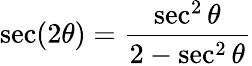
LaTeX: \sec(2\theta)={\frac{\sec^{2}\theta}{2-\sec^{2}\theta}}